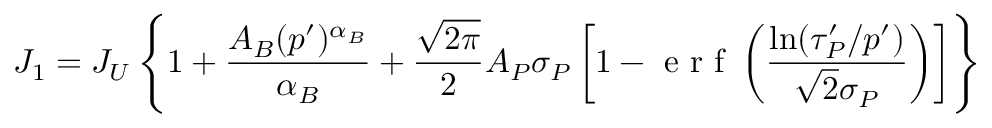
J _ { 1 } = J _ { U } \left\{ 1 + \frac { A _ { B } ( p ^ { \prime } ) ^ { \alpha _ { B } } } { \alpha _ { B } } + \frac { \sqrt { 2 \pi } } { 2 } A _ { P } \sigma _ { P } \left[ 1 - \mathrm { ~ e ~ r ~ f ~ } \left( \frac { \ln ( \tau _ { P } ^ { \prime } / p ^ { \prime } ) } { \sqrt { 2 } \sigma _ { P } } \right) \right] \right\}